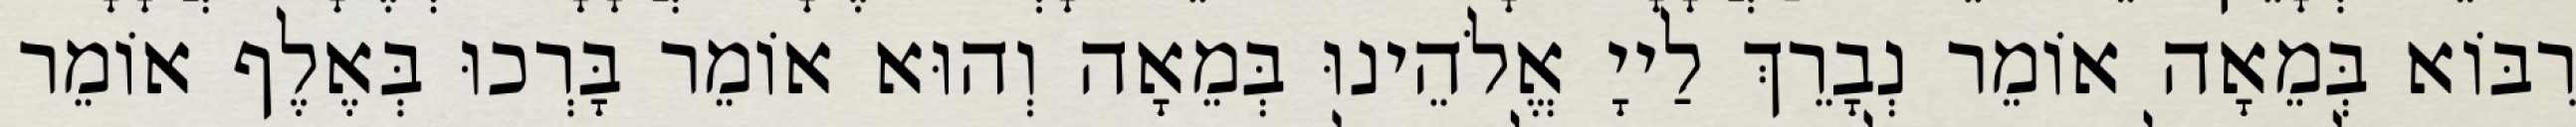
רִבּוֹא בְּמֵאָה אוֹמֵר נְבָרֵךְ לַייָ אֱלֹהֵינוּ בְּמֵאָה וְהוּא אוֹמֵר בָּרְכוּ בְּאֶלֶף אוֹמֵר